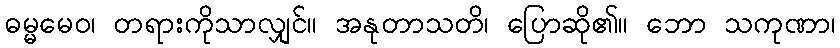
ဓမ္မမေဝ၊ တရားကိုသာလျှင်။ အနုတာသတိ၊ ပြောဆို၏။ ဘော သကုဏာ၊